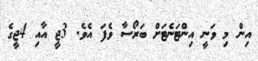
އިން މި ވަނީ އިންޓަނެޓަށް ބަރޯސާ ވެފަ އެވެ. 3ޖީ އާއި 4ޖީގެ